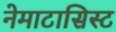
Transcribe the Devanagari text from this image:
नेमाटासिस्ट